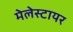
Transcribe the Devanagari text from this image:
मेलेस्टायर